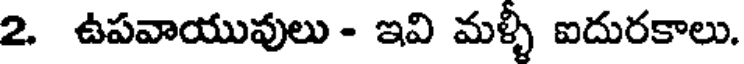
2. ఉపవాయువులు - ఇవి మళ్ళీ ఐదురకాలు.